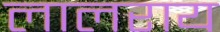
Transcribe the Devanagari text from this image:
लालराय